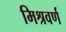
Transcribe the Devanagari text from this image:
मिश्रवर्ण